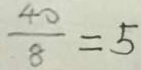
\frac { 4 0 } { 8 } = 5